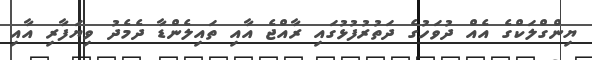
ޔިންގްލަކްގެ އެއް ދުވަހުގެ ދަތުރުފުޅުގައި ރާއްޖެ އާއި ތައިލެންޑާ ދެމެދު ވިޔަފާރި އާއި